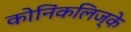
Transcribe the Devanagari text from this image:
कोनिंकलिज्के